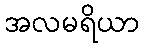
အလမရိယာ